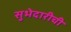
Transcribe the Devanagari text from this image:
सुभेदारीची